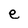
Character: e